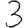
Digit: 3